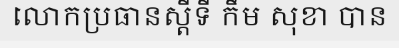
លោកប្រធានស្តីទី កឹម សុខា បាន